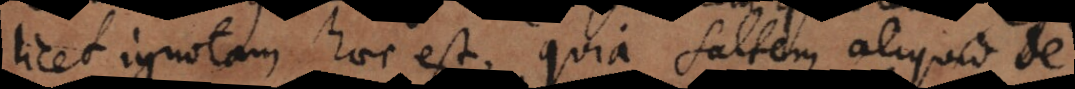
licet ignotam haec est, quia saltem aliquid de